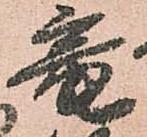
竜